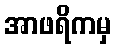
အာဖရိကမှ